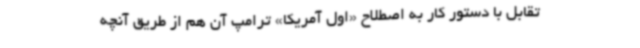
تقابل با دستور کار به اصطلاح «اول آمریکا» ترامپ آن هم از طریق آنچه